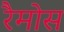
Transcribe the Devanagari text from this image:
रैमोस